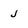
Character: j